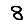
Digit: 8